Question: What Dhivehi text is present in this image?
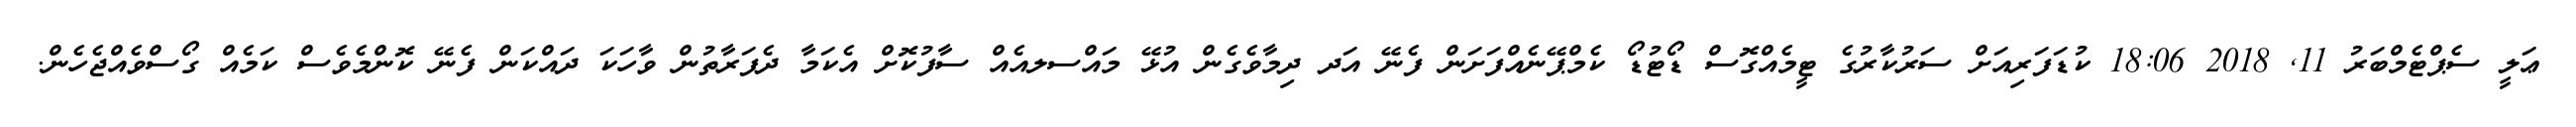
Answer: ޢަލީ ސެޕްޓެމްބަރު 11, 2018 18:06 ކުޑަފަރިއަށް ސަރުކާރުގެ ޓީމެއްގޮސް ޑޯޓުޑޯ ކެމްޕޭނެއްފަށަން ފެނޭ އަދ ދިމާވެގެން އުޅޭ މައްސލއެއް ސާފުކޮށް އެކަމާ ދެފަރާތުން ވާހަކަ ދައްކަން ފެނޭ ކޮންމެވެސް ކަމެއް ގޯސްވެއްޖެހެން.